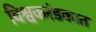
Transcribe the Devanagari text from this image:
विश्वकरंडकात